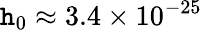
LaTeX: \mathtt{h}_{0}\approx3.4\times10^{-25}